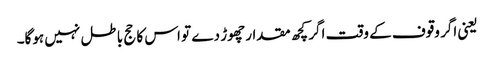
یعنی اگر وقوف کے وقت اگر کچھ مقدار چھوڑ دے تو اس کا حج باطل نہیں ہوگا۔